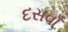
દસવાઁ